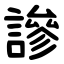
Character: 謲